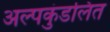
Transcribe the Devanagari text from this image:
अल्पकुंडलित